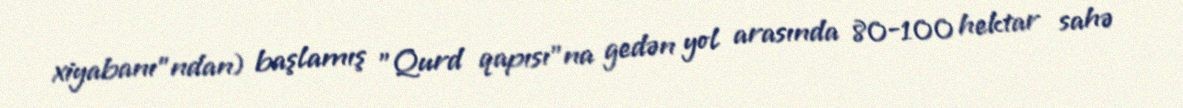
xiyabanı"ndan) başlamış "Qurd qapısı"na gedən yol arasında 80-100 hektar sahə